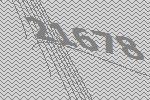
21678